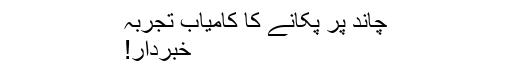
چاند پر پکانے کا کامیاب تجربہ
خبردار!